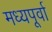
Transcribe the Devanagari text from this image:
मध्यपूर्वा